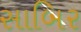
સાબિર